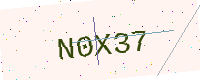
Text: N0X37